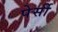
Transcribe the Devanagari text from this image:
पेर्सी